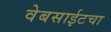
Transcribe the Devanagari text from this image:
वेबसाईटचा